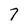
Character: 7